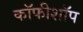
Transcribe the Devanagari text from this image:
कॉफीशॉप